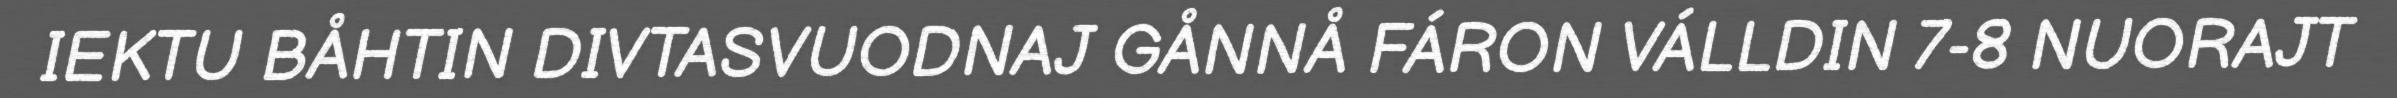
IEKTU BÅHTIN DIVTASVUODNAJ GÅNNÅ FÁRON VÁLLDIN 7-8 NUORAJT